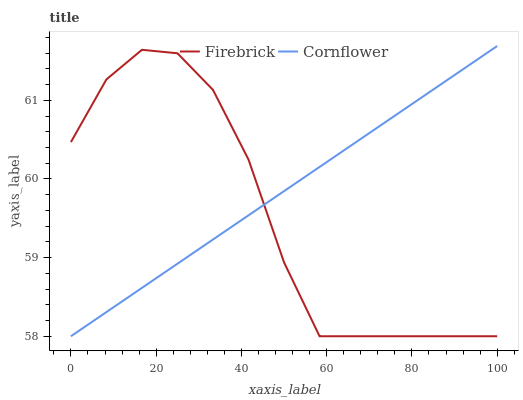
| xaxis_label | Firebrick | Cornflower |
 | --- | --- | --- |
 | 0 | 60.5 | 58 |
 | 8.33 | 61.3 | 58.3 |
 | 16.7 | 61.6 | 58.6 |
 | 25 | 61.6 | 58.9 |
 | 33.3 | 61.1 | 59.2 |
 | 41.7 | 60.2 | 59.5 |
 | 50 | 58.9 | 59.8 |
 | 58.3 | 58 | 60.2 |
 | 66.7 | 58 | 60.5 |
 | 75 | 58 | 60.8 |
 | 83.3 | 58 | 61.1 |
 | 91.7 | 58 | 61.4 |
 | 100 | 58 | 61.7 |